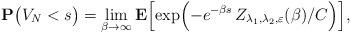
LaTeX: \begin{align*}{\bf P} \bigl(V_N < s \bigr) = \lim\limits_{\beta\rightarrow \infty} {\bf E}\Bigl[\exp\Bigl(-e^{-\beta s}\,Z_{\lambda_1,\lambda_2,\varepsilon}(\beta)/C\Bigr)\Bigr],\end{align*}